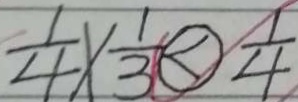
\frac { 1 } { 4 } \times \frac { 1 } { 3 } \textcircled { < } \frac { 1 } { 4 }